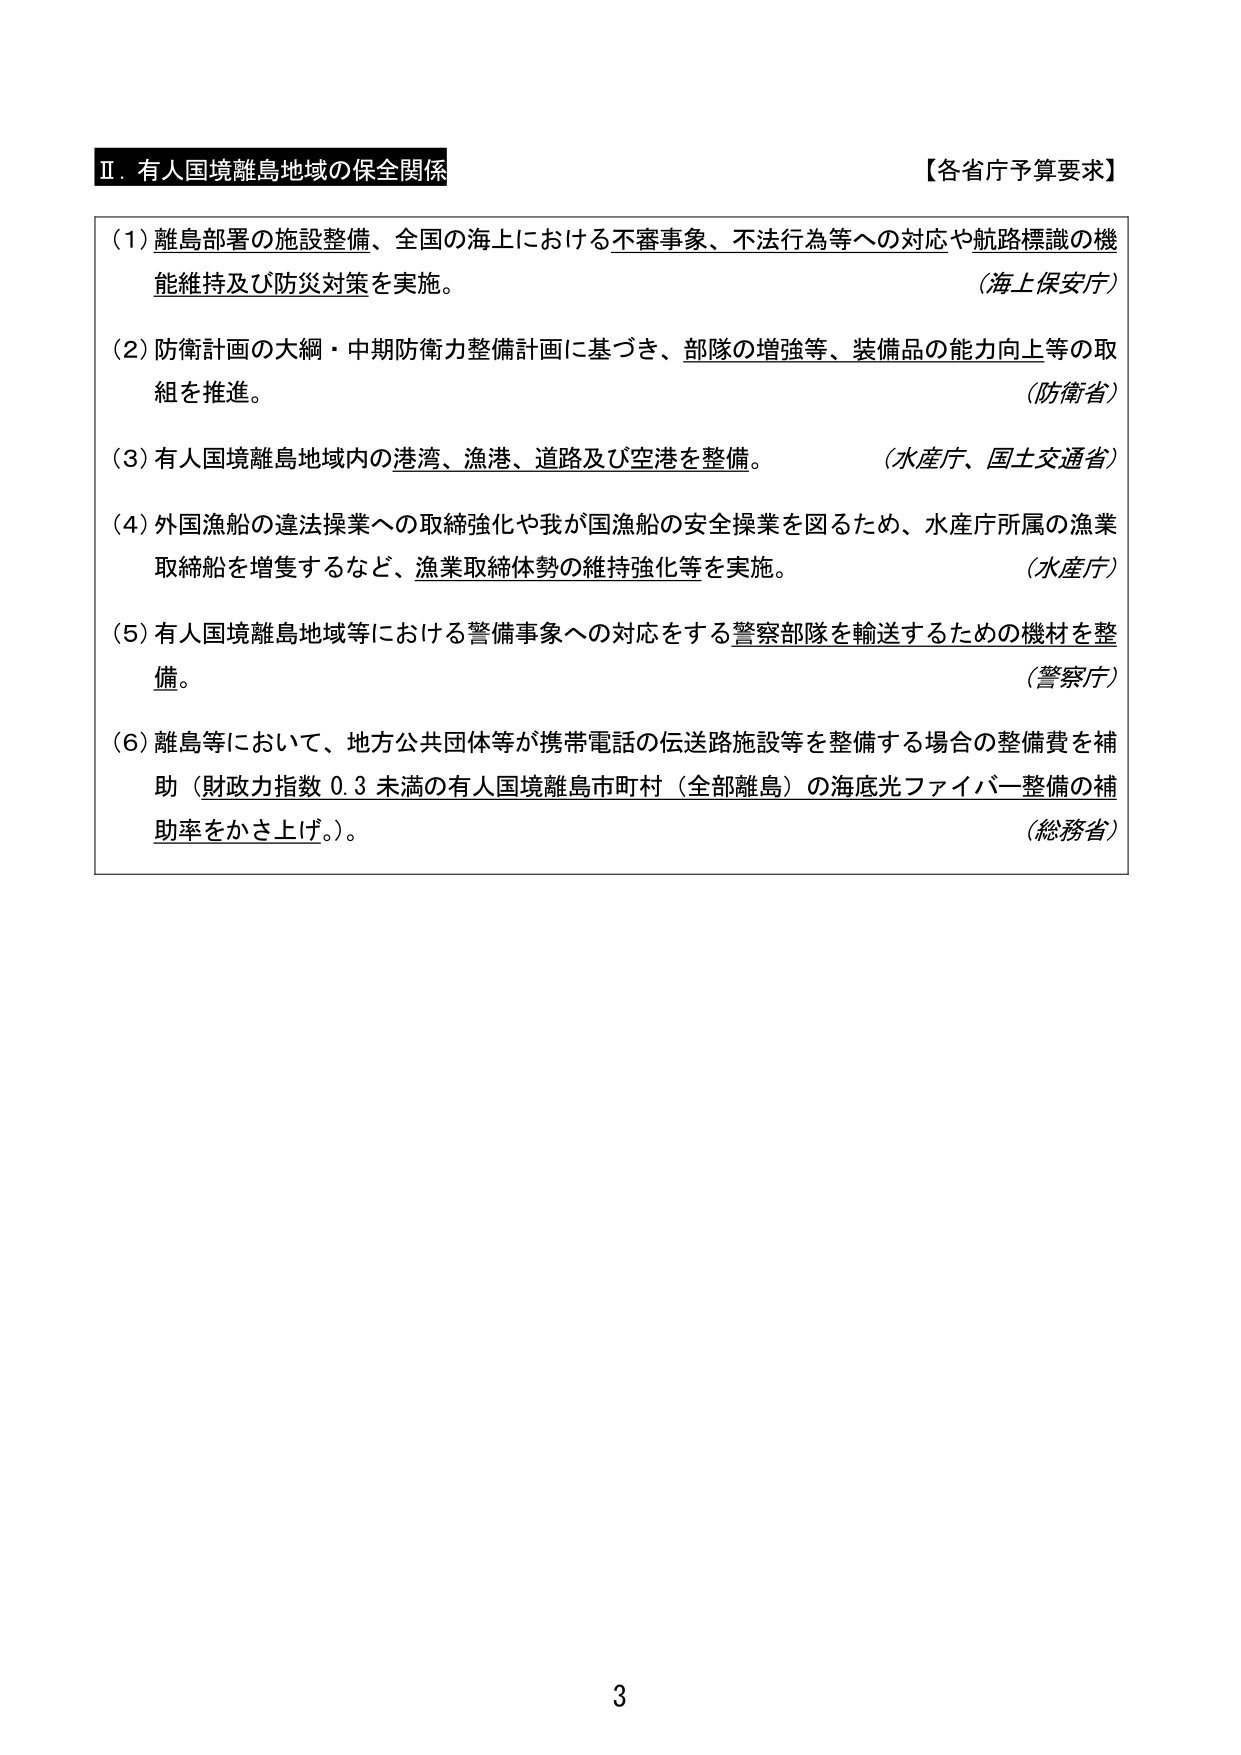
Ⅱ．有人国境離島地域の保全関係　　　　　　　　　　　　　　　　　　　　【各省庁予算要求】

(1) 離島部署の施設整備、全国の海上における不審事象、不法行為等への対応や航路標識の機能維持及び防災対策を実施。　　　　　　　　　　　　　　　　　　　　（海上保安庁）

(2) 防衛計画の大綱・中期防衛力整備計画に基づき、部隊の増強等、装備品の能力向上等の取組を推進。　　　　　　　　　　　　　　　　　　　　　　　　　　（防衛省）

(3) 有人国境離島地域内の港湾、漁港、道路及び空港を整備。　　　　　　　　（水産庁、国土交通省）

(4) 外国漁船の違法操業への取締強化や我が国漁船の安全操業を図るため、水産庁所属の漁業取締船を増隻するなど、漁業取締体勢の維持強化等を実施。　　　　（水産庁）

(5) 有人国境離島地域等における警備事象への対応をする警察部隊を輸送するための機材を整備。　　　　　　　　　　　　　　　　　　　　　　　　　　　　（警察庁）

(6) 離島等において、地方公共団体等が携帯電話の伝送路施設等を整備する場合の整備費を補助（財政力指数 0.3 未満の有人国境離島市町村（全部離島）の海底光ファイバー整備の補助率をかさ上げ。）。　　　　　　　　　　　　　　　　　　　　　　（総務省）

3